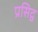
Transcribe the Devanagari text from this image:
प्रसिद्व